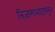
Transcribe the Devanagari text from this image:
निजामाबाद्पासून